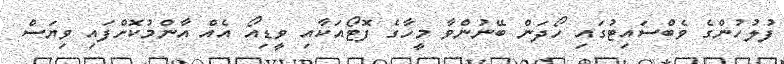
ފުލުހުންގެ ވެބްސައިޓުގައި ހޯދަން ބޭނުންވާ މީހާގެ ފޮޓޯއަކާއި ވީޑިއޯ އެއް އާންމުކޮށްފައި ވިޔަސް